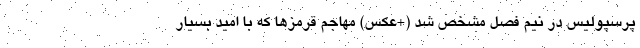
پرسپولیس در نیم فصل مشخص شد (+عکس) مهاجم قرمز‌ها که با امید بسیار